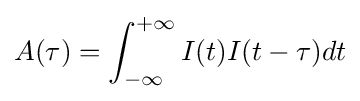
A(\tau )=\int _{-\infty }^{+\infty }I(t)I(t-\tau )dt